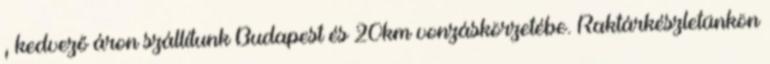
, kedvező áron szállítunk Budapest és 20km vonzáskörzetébe. Raktárkészletünkön